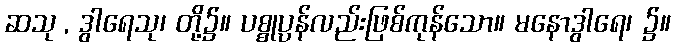
ဆသု , ဒွါရေသု၊ တို့၌။ ပစ္စုပ္ပန်လည်းဖြစ်ကုန်သော။ မနောဒွါရေ၊ ၌။